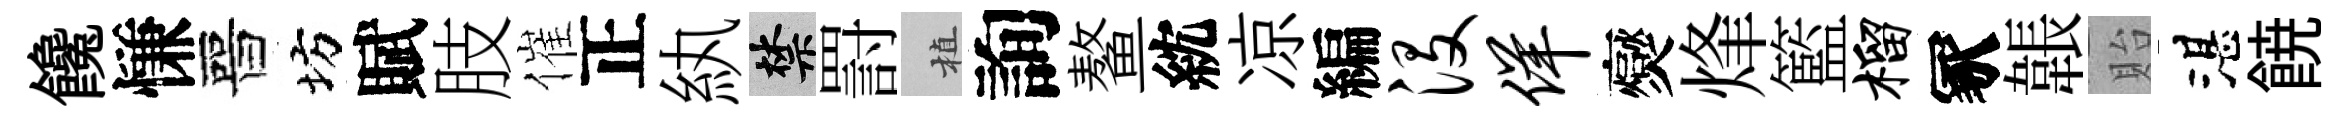
饞慊晉坊賦肢催正紈禁罸植詢鳌紞凉編没佯爕烽籃榴冢韔貽湛𩜙